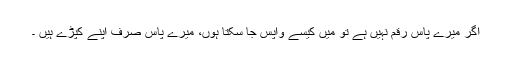
اگر میرے پاس رقم نہیں ہے تو میں کیسے واپس جا سکتا ہوں، میرے پاس صرف اپنے کپڑے ہیں ۔